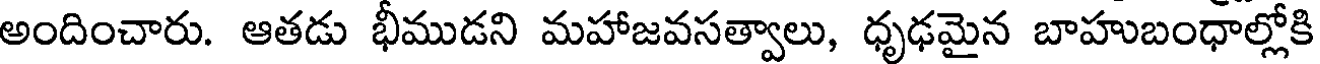
అందించారు. ఆతడు భీముడని మహాజవసత్వాలు, ధృఢమైన బాహుబంధాల్లోకి